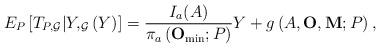
LaTeX: \begin{align*}E_{P}\left[ T_{P,\mathcal{G}}|Y,_{\mathcal{G}}\left( Y\right) \right] =\frac{I_{a}(A)}{\pi_{a} \left( \mathbf{O}_{\min };P\right) }Y+g\left( A,\mathbf{O},\mathbf{M};P\right) , \end{align*}